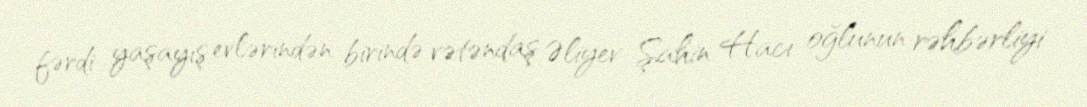
fərdi yaşayış evlərindən birində vətəndaş Əliyev Şahin Hacı oğlunun rəhbərliyi